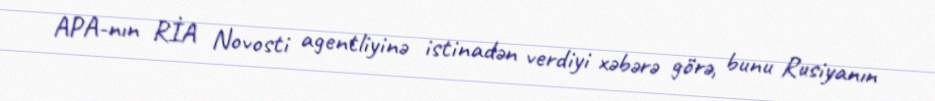
APA-nın RİA Novosti agentliyinə istinadən verdiyi xəbərə görə, bunu Rusiyanın